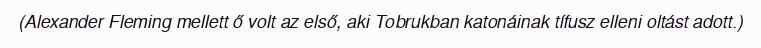
(Alexander Fleming mellett ő volt az első, aki Tobrukban katonáinak tífusz elleni oltást adott.)